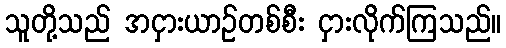
သူတို့သည် အငှားယာဉ်တစ်စီး ငှားလိုက်ကြသည်။